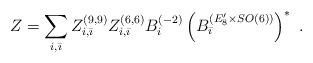
LaTeX: \begin{align*}Z = \sum_{i,\bar \imath} Z_{i,\bar \imath}^{(9,9)}Z_{i,\bar \imath}^{(6,6)}B_i^{(-2)}\left (B_{\bar \imath}^{(E_8^{\prime}\times SO(6))}\right )^*\,\, .\end{align*}